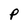
Character: p